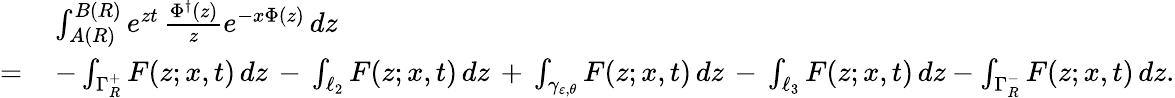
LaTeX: \begin{array}{rl}&{\int_{A(R)}^{B(R)}e^{zt}\, \frac{\Phi^{\dagger}(z)}{z}e^{-x\Phi(z)}\, dz}\\ {=\, }&{-\int_{\Gamma_{R}^{+}}F(z;x,t)\, dz\, -\, \int_{\ell_{2}}F(z;x,t)\, dz\, +\, \int_{\gamma_{\varepsilon,\theta}}F(z;x,t)\, dz\, -\, \int_{\ell_{3}}F(z;x,t)\, dz-\int_{\Gamma_{R}^{-}}F(z;x,t)\, dz.}\end{array}